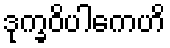
ဒုက္ခဝိပါကေဟိ